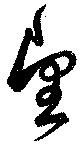
望